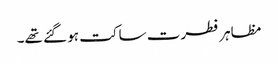
مظاہر فطرت ساکت ہو گئے تھے۔